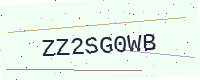
Text: ZZ2SG0WB